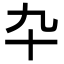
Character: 卆